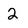
Character: 2